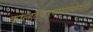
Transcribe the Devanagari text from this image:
कोल्हटकरसारख्यांनीही